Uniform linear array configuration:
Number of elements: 64
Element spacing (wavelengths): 0.5
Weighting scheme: blackman
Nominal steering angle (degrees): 30
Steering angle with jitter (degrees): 30.07
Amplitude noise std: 0.05
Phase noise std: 0.05

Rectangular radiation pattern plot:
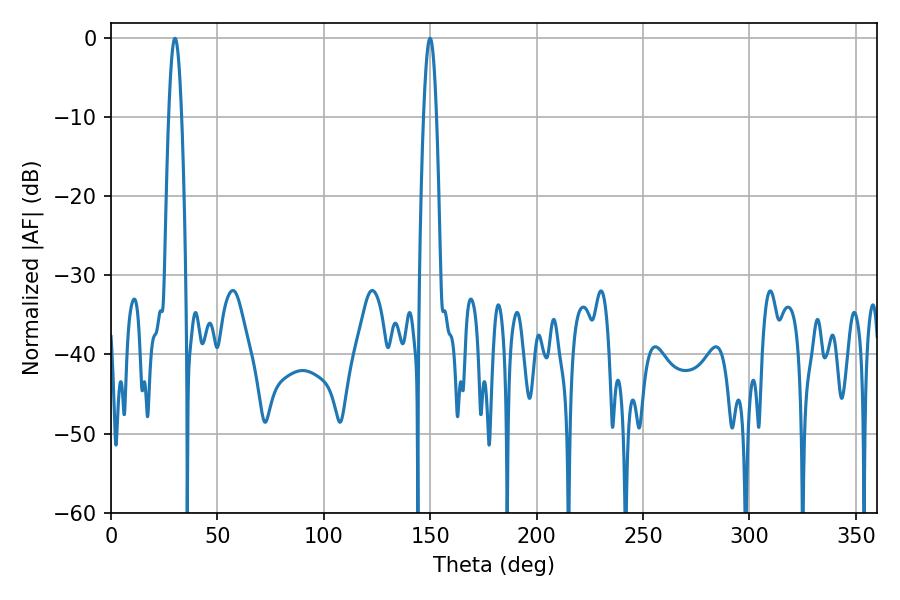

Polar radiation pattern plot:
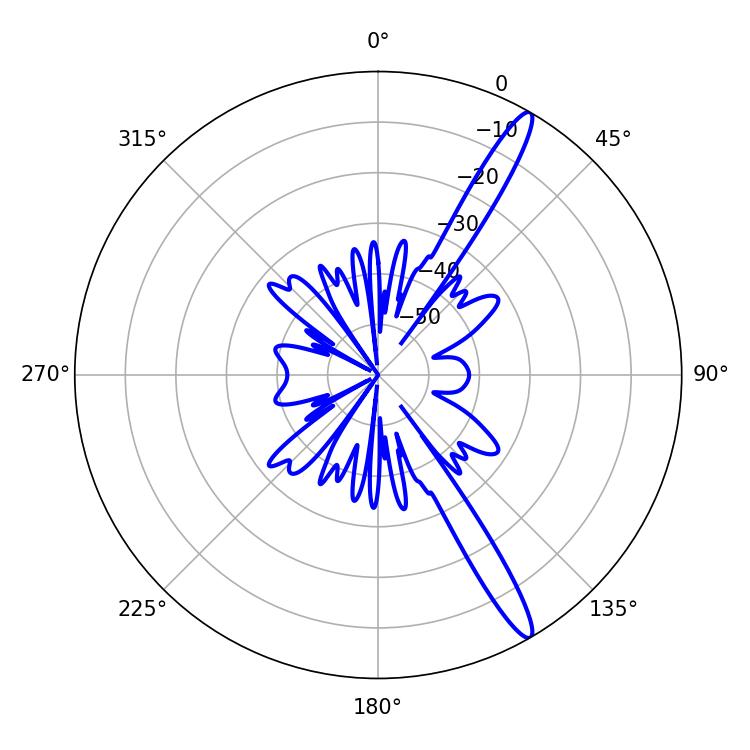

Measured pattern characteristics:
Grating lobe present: FALSE
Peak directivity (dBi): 14.967
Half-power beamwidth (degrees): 3.24
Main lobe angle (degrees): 30.06